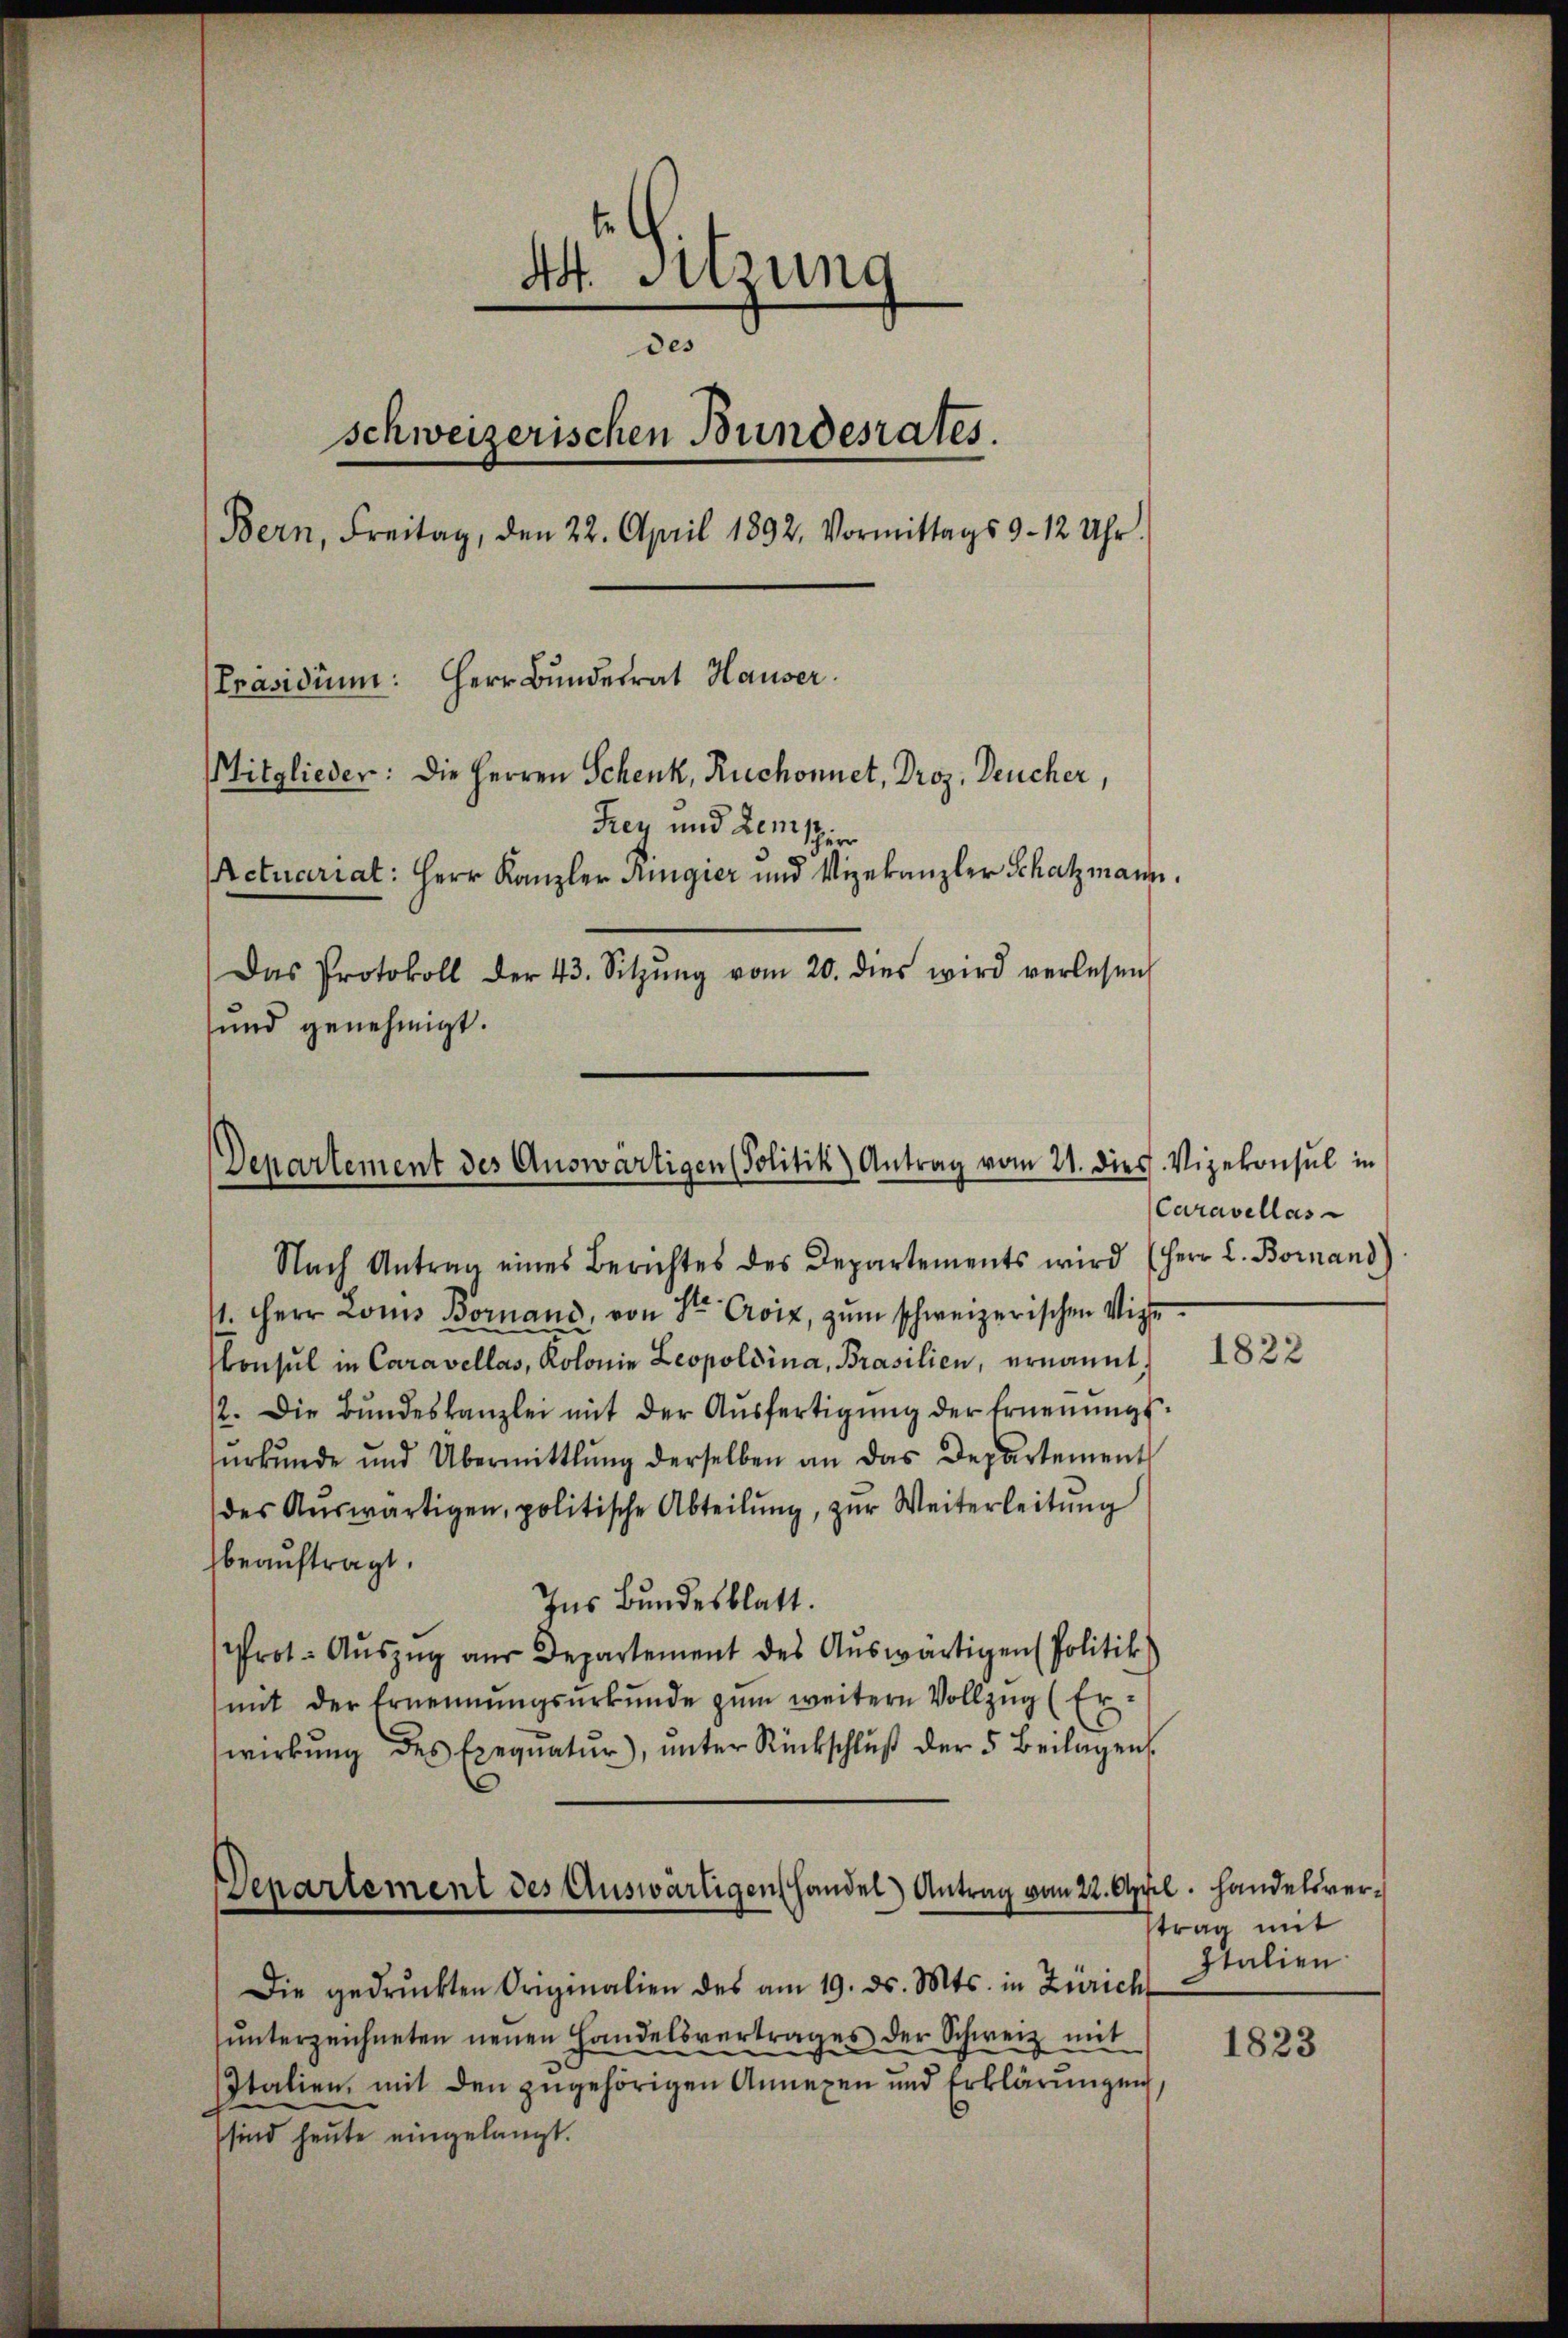
4t. Sitzung
des
schweizerischen Bundesrates.
Bern, Freitag, den 22. April 1892. Vormittags 9 - 12 Uhr.
[Präsidium: Herr Bundesrat Hauser.
Mitglieder: Die Herren Schenk, Ruchonnet, Droz. Deucher,
Frey und Demischer
Actuariat: Herr Kanzler Regier und Vizekanzler Schatzmann.
Das Protokoll der 43. Sitzŭng vom 20. dies wird verlesen,

und genehmigt.

Departement des Auswärtigen (Politik) Antrag vom 21. dies

Nach Antrag eines Berichtes des Departements wird (Herr C. Bornand)
41. Herr Loms Bornand, von St. Croix, zŭm schweizerischen Vize
Consul in Caravellos, Kolonie Leopoldina, Brasilien, ernannt.
12. Die Bŭndeskanzlei mit der Aŭsfertigŭng der Ernenŭngs-
ŭrkŭnde und Übermittlung derselben an das Departement
des Aŭswärtigen, politische Abteilŭng, zŭr Weiterleitung
beauftragt.
Ins Bundesblatt.
rot. Aŭszŭg aŭs Departement des Aŭswärtigen Politik
mit der Ernennungsurkunde zŭm weitere Vollzug (Erwirkŭng des Exequatŭr), ŭnter Rückschlŭβ der 5 Beilagen

Denartement des Auswärtigen Handel Antrag vom 22. April. Handelsver¬

Die gedruckten Originalien des am 19. ds. Mts. in Zürich
ŭnterzeichneten neuen Handelsvertrages der Schweiz mit
Italien, mit den zugehörigen Annexen und Erklärungen,
sind heute eingelangt.

Vizekonsul in
Caravellas

1822

trag mit
Italien

1823